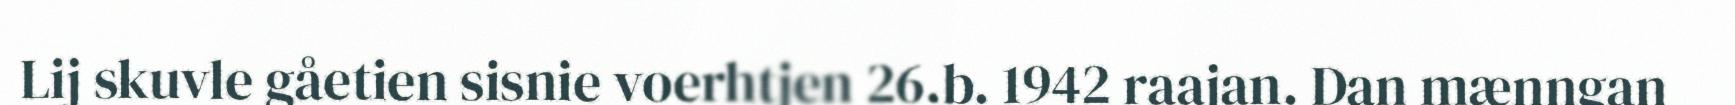
Lij skuvle gåetien sisnie voerhtjen 26.b. 1942 raajan. Dan mænngan